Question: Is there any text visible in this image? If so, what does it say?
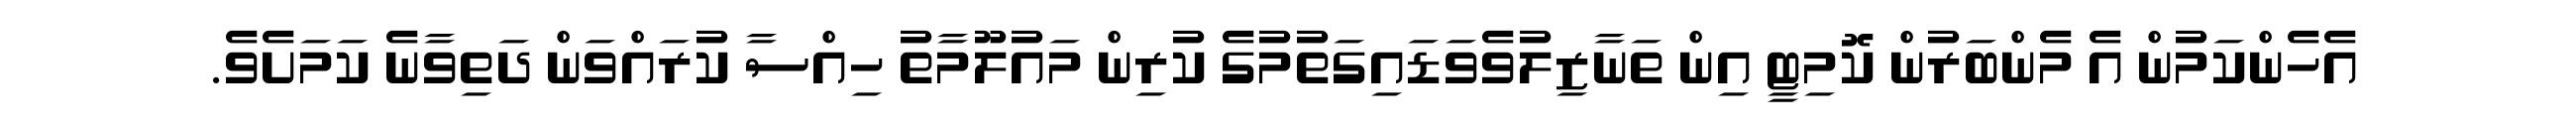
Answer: އެހެންކަމުން އެ މެންބަރުން ކޮމިޓީ އިން ތަނާޒިލުވެވަޑައިގަތުމުގެ ކުރިން މައުލޫމާތު ހިއްސާ ކުރައްވަން ދަތިވާނެ ކަމަށެވެ.